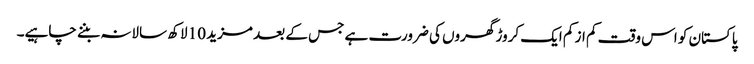
پاکستان کو اس وقت کم از کم ایک کروڑ گھروں کی ضرورت ہے جس کے بعد مزید 10 لاکھ سالانہ بننے چاہیے۔